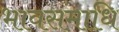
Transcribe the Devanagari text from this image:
भावसमाधि